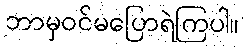
ဘာမှဝင်မပြောရဲကြပါ။